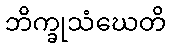
ဘိက္ခုသံဃေတိ